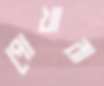
পোখারা